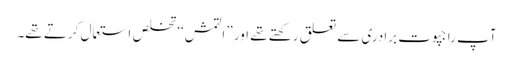
آپ راجپوت برادری سے تعلق رکھتے تھے اور ”التمش‘‘ تخلص استعمال کرتے تھے۔